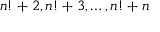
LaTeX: n ! + 2 , n ! + 3 , \dots , n ! + n